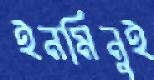
ইনমিনুই